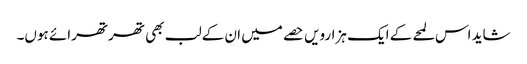
شاید اس لمحے کے ایک ہزارویں حصے میں ان کے لب بھی تھرتھرائے ہوں۔